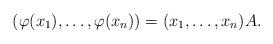
LaTeX: \begin{align*} (\varphi(x_1) , \ldots, \varphi(x_n)) = (x_1, \ldots, x_n) A . \end{align*}